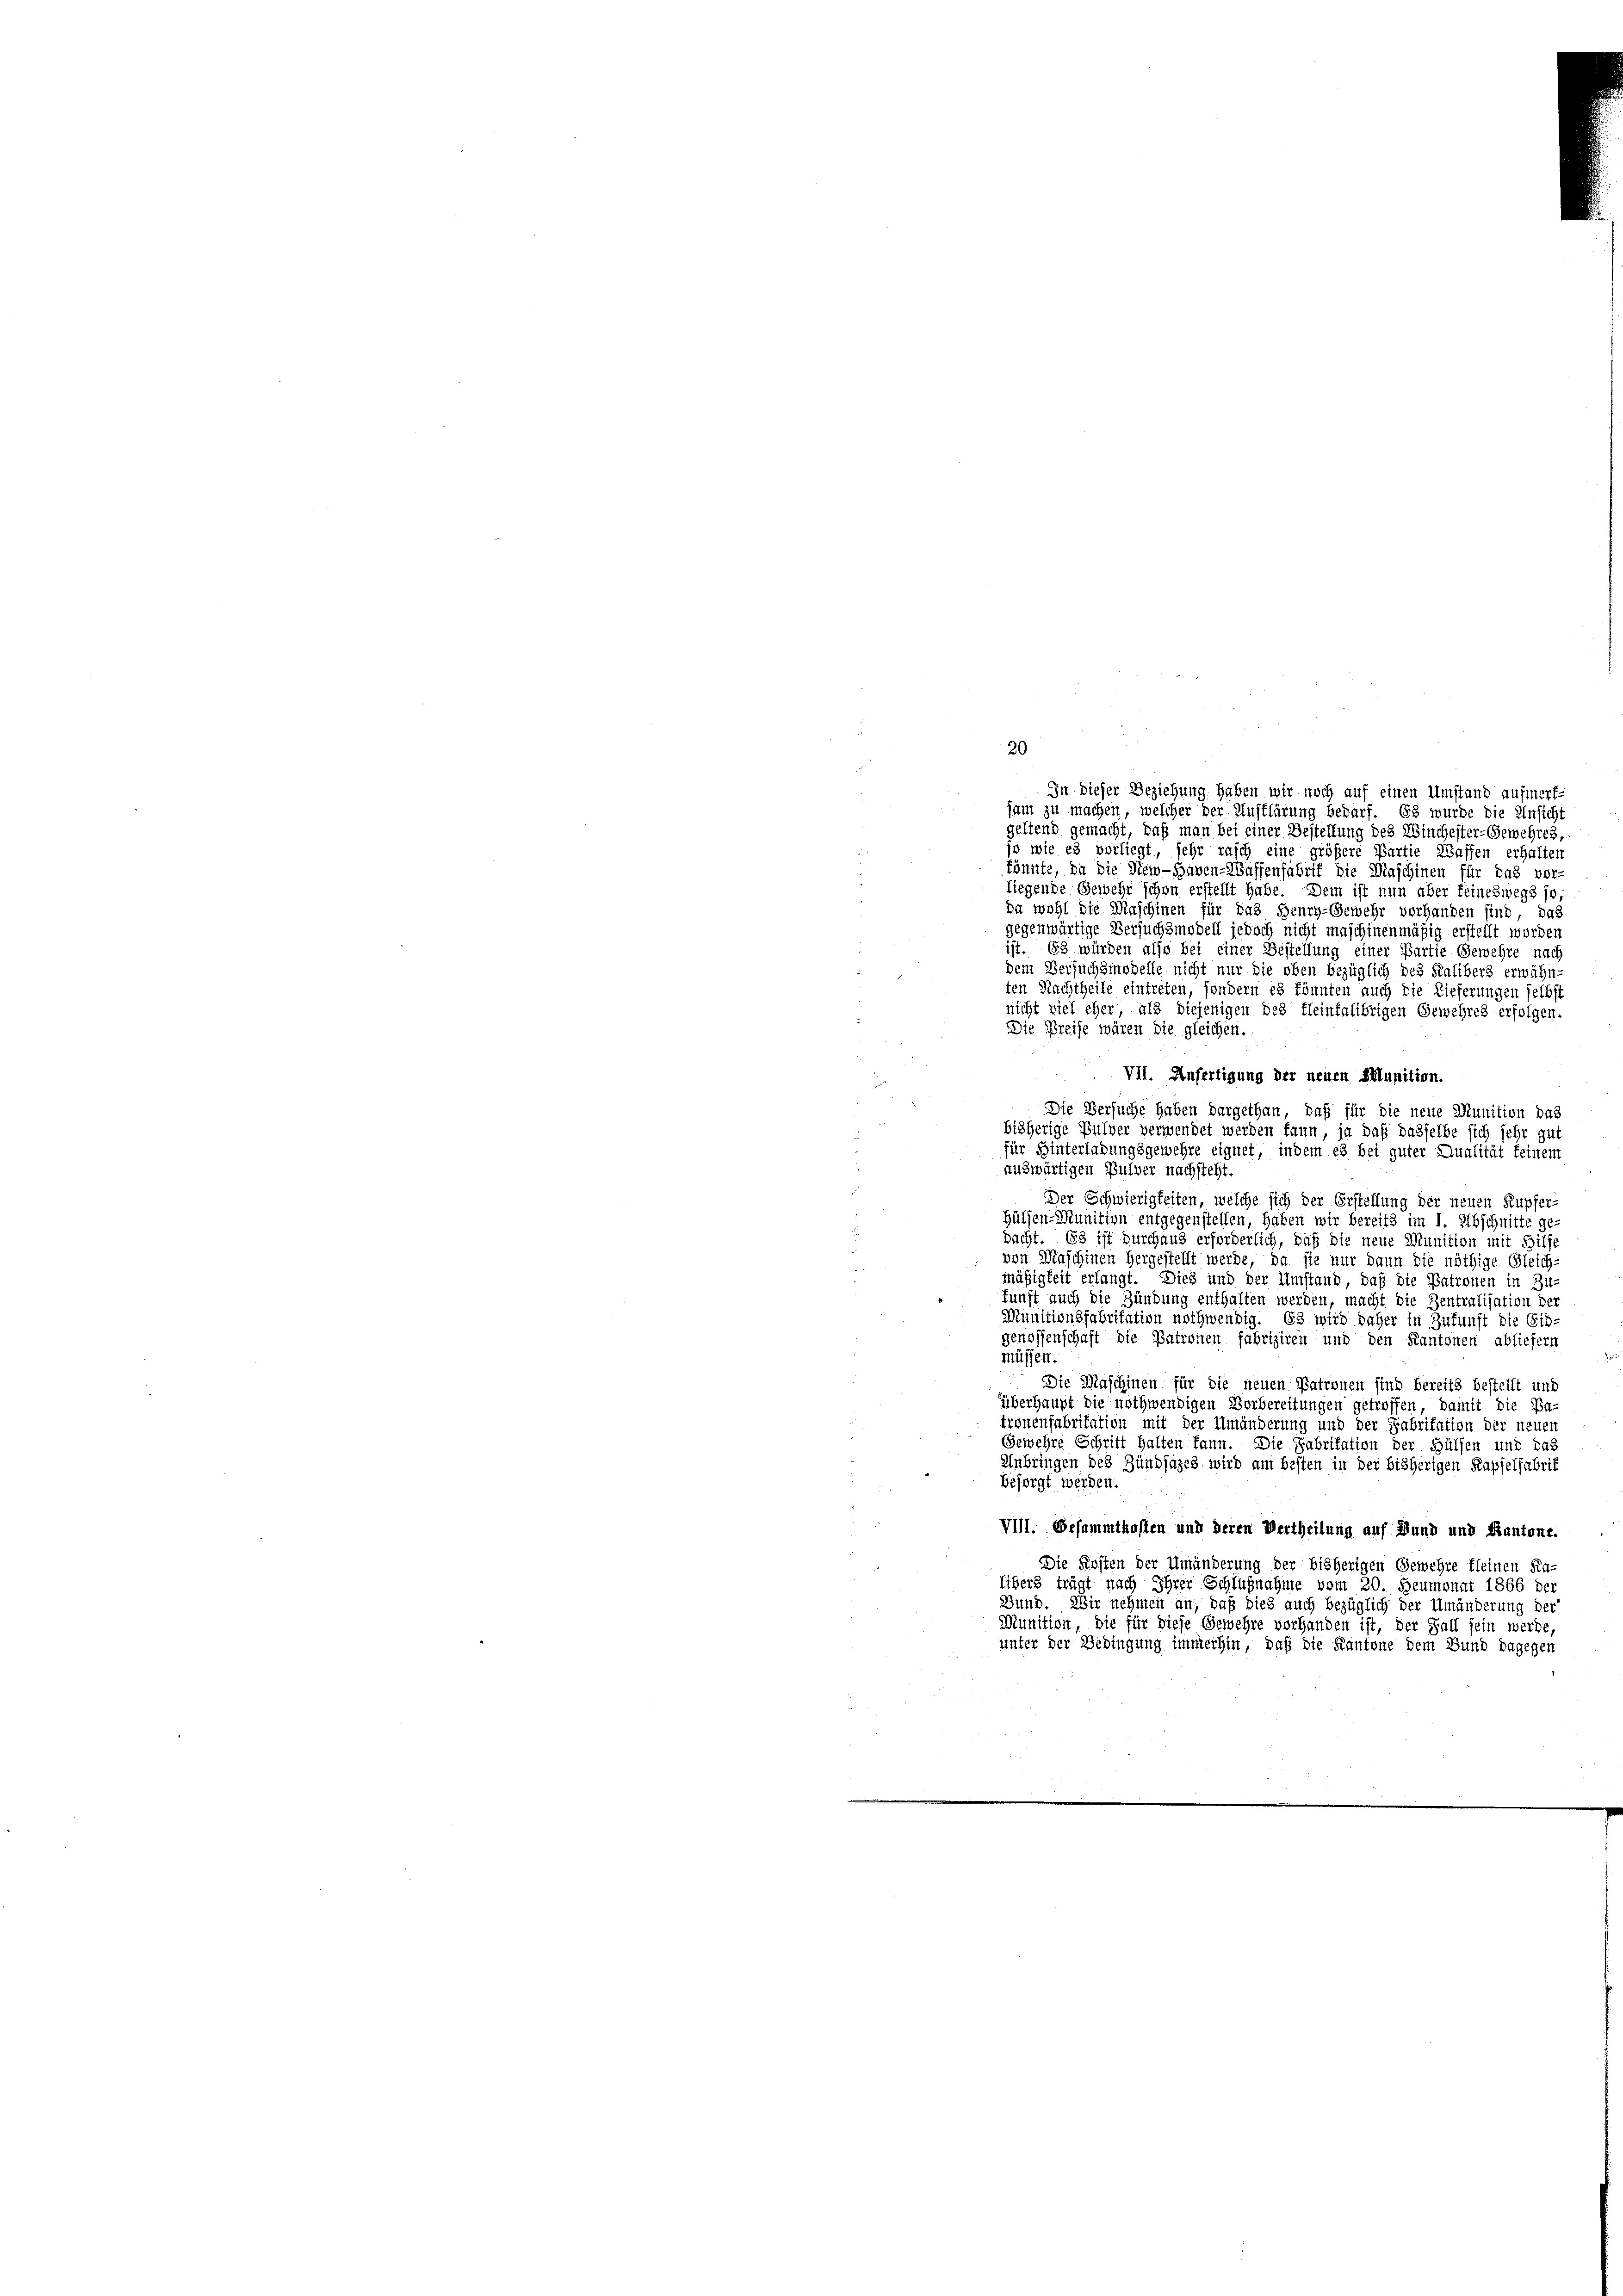
In dieser Beziehung haben wir noch auf einen Umstand aufmerk-
jam zu machen, welcher der Aufklärung bedarf. Es wurde die Unsicht
geltend gemacht, daß man bei einer Bestellung des Winchester-Gewehres,
jo wie es vorliegt, sehr rasch eine größere Partie Waffen erhalten
könnte, da die New-Haven-Waffenfabrik die Maschinen für das vor-
liegende Gewehr schon erstellt habe. Dem ist nun aber feineswegs so
da wohl die Maschinen für das Henry-Gewehr vorhanden sind, das
gegenwärtige Versuchsmodell jedoch nicht maschinenmäßig erstellt worden
ist. Es würden also bei einer Bestellung einer Partie Gewehre nach
dem Versuchsmodelle nicht nur die oben bezüglich des Kalibers erwähn-
ten Nachtheile eintreten, sondern es könnten auch die Lieferungen selbst
nicht viel eher als diejenigen des fleinfalibrigen Gewehres erfolgen.
Die Breise wären die gleichen.
VII. Anfertigung der neuen Sunition.
Die Versuche haben dargethan, daß für die neue Munition das
bisherige Pulver verwendet werden kann, ja daß dasselbe sich sehr gut
für Hinterladungsgewehre eignet, indem es bei guter Qualität keinem
auswärtigen Bulver nachsteht.
Der Schwierigkeiten, welche sich der Erstellung der neuen Kupfer-
Hülfen-Munition entgegenstellen, haben wir bereits im I. Abschnitte ge-
bacht. Es ist durchaus erforderlich, daß die neue Munition mit Hilfe
von Maschinen hergestellt werde, da sie nur dann die nöthige Gleich-
.
mäßigkeit erlangt. Dies und der Umstand, daß die Patronen in Zu-
kunft auch die Zündung enthalten werden, macht die Zentralisation der
Munitionsfabritation nothwendig. Es wird daher in Zukunft die Eid-
genossenschaft die Patronen fabriziren und den Kantonen abliefern
müssen.
Die Maschinen für die neuen Patronen sind bereits bestellt und
überhaupt die nothwendigen Vorbereitungen getroffen, damit die Ba
.
tronenfabritation mit der Umänderung und der Fabritation der neuen
Gewehre Schritt halten kann. Die Fabritation der Hülfen und das
Anbringen des Zündsazes wird am besten in der bisherigen Kapselfabrif
besorgt werden.
VIII. Gesammtkosten und deren Vertheilung auf Bund und Kantone.
Die Kosten der Umänderung der bisherigen Gewehre kleinen Ka
libers trägt nach Ihrer Schlußnahme vom 20. Heumonat 1866 de
Bund. Wir nehmen an, daß dies auch bezüglich der Umänderung der
Munition, die für diese Gewehre vorhanden ist, der Fall sein werde,
unter der Bedingung immerhin, daß die Kantone dem Bund dagegen